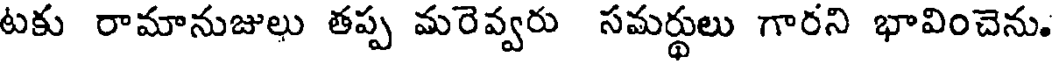
టకు రామానుజులు తప్ప మరెవ్వరు సమర్థులు గారని భావించెను.